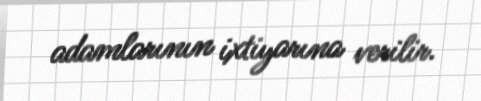
adamlarının ixtiyarına verilir.